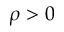
\rho > 0